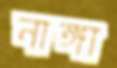
নাঙ্গা